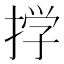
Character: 𫽊